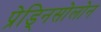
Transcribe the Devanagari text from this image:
प्रेड्निसोलोन